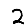
Digit: 2